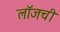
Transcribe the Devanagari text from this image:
लॉजची